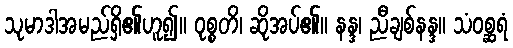
သုမာဒါအမည်ရှိ၏ဟူ၍။ ဝုစ္စတိ၊ ဆိုအပ်၏။ နန္ဒ၊ ညီချစ်နန္ဒ။ သံဝစ္ဆရံ